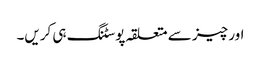
اور چیز سے متعلقہ پوسٹنگ ہی کریں۔